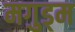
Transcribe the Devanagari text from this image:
मगुड्म